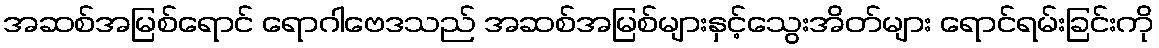
အဆစ်အမြစ်ရောင် ရောဂါဗေဒသည် အဆစ်အမြစ်များနှင့်သွေးအိတ်များ ရောင်ရမ်းခြင်းကို